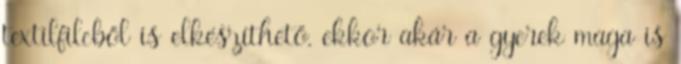
textilfilcből is elkészíthető, ekkor akár a gyerek maga is